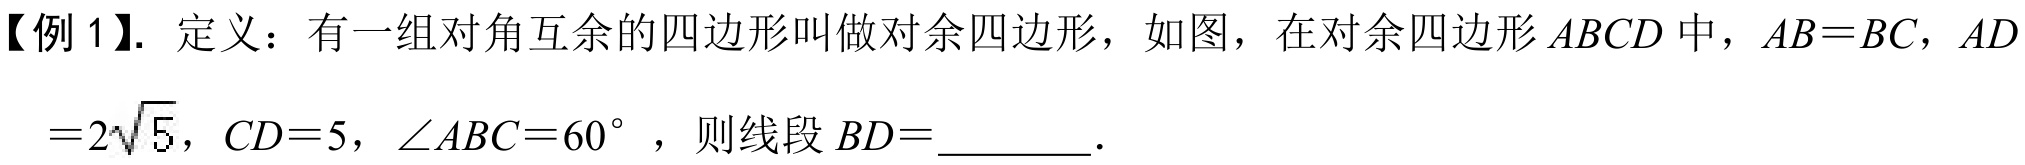
【例 1】. 定义：有一组对角互余的四边形叫做对余四边形，如图，在对余四边形 \(ABCD\) 中，\(AB = BC\)，\(AD\)
\(= 2\sqrt{5}\)，\(CD = 5\)，\(\angle ABC = 60^{\circ}\)，则线段 \(BD=\underline{\quad\quad}\).